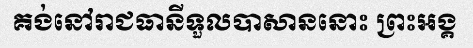
គង់នៅរាជធានីទួលបាសាននោះ ព្រះអង្គ